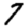
Digit: 7